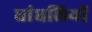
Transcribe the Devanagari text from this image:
धांधलियों